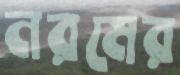
নরমের